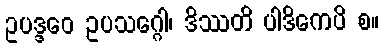
ဥပဒ္ဒဝေ ဥပသဂ္ဂေါ၊ ဒိဿတိ ပါဒိကေပိ စ။